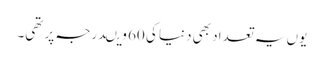
یوں یہ تعداد بھی دنیا کی 60 ویںدرجہ پر تھی۔